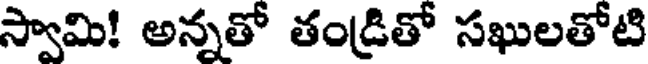
స్వామి! అన్నతో తండ్రితో సఖులతోటి